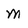
Character: m